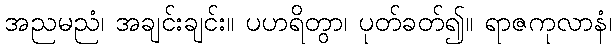
အညမညံ၊ အချင်းချင်း။ ပဟရိတွာ၊ ပုတ်ခတ်၍။ ရာဇကုလာနံ၊